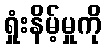
ရှုံးနိမ့်မှုကို